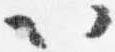
以